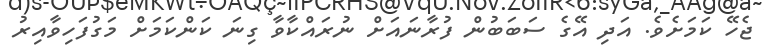
ޖެހޭ ކަމަށެވެ. އަދި އޭގެ ސަބަބުން ފުރާނައަށް ނުރައްކާވާ ގިނަ ކަންކަމަށް މަގުފަހިވާއިރު